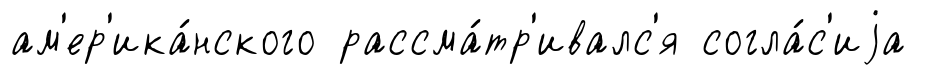
ам'ер'ика́нского рассма́тр'ивалс'я согла́с'иjа